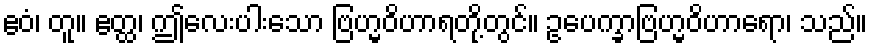
ဧဝံ၊ တူ။ ဧတ္ထ၊ ဤလေးပါးသော ဗြဟ္မဝိဟာရတို့တွင်။ ဥပေက္ခာဗြဟ္မဝိဟာရော၊ သည်။